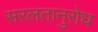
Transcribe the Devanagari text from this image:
सरलतानुरोध